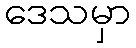
ဒေသမှာ